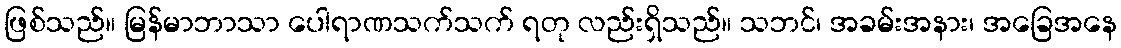
ဖြစ်သည်။ မြန်မာဘာသာ ပေါရာဏသက်သက် ရတု လည်းရှိသည်။ သဘင်၊ အခမ်းအနား၊ အခြေအနေ